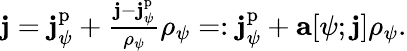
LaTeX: \begin{array}{r}{\mathbf{j}=\mathbf{j}_{\psi}^{\mathrm{p}}+\frac{\mathbf{j}-\mathbf{j}_{\psi}^{\mathrm{p}}}{\rho_{\psi}}\rho_{\psi}=:\mathbf{j}_{\psi}^{\mathrm{p}}+\mathbf{a}[\psi;\mathbf{j}]\rho_{\psi}.}\end{array}